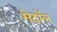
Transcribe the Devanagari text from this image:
मेटॉल